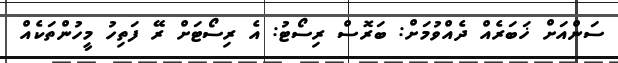
ސަންއަށް ޚަބަރެއް ދެއްވުމަށް: ބަރޮސް ރިސޯޓު: އެ ރިސޯޓަށް ރޭ ފަތިހު މީހުންތަކެއް